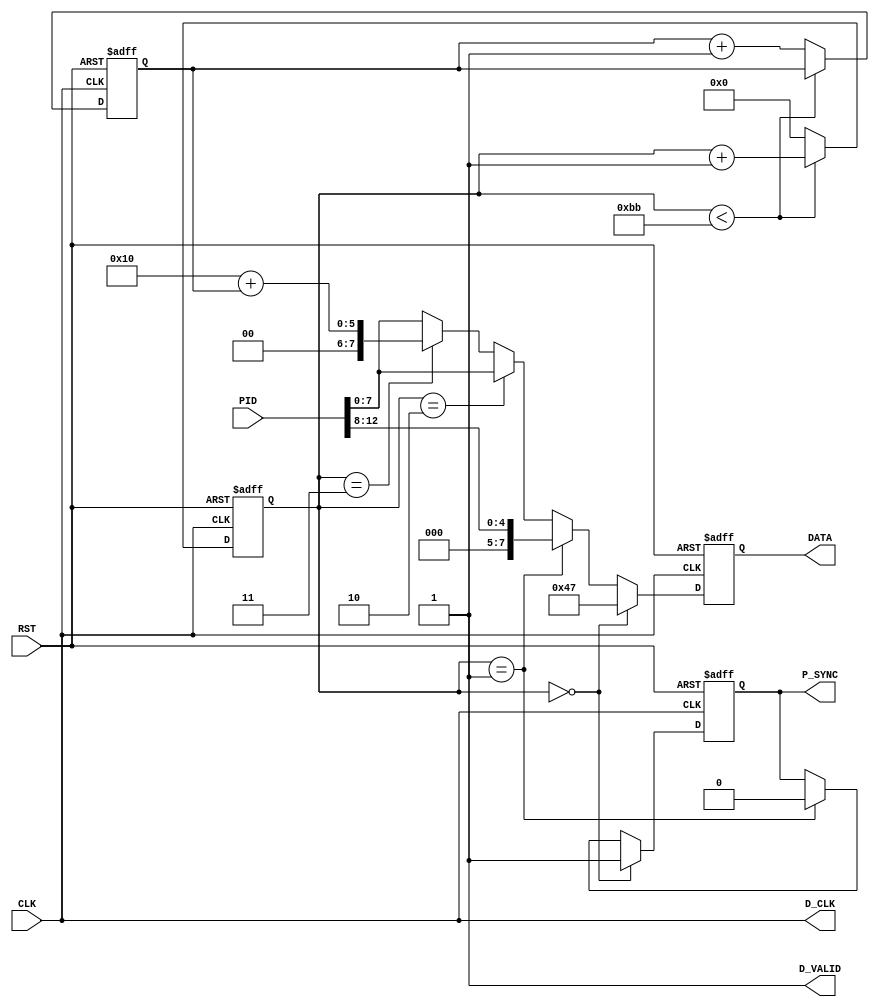
module ts_generator(
input CLK,
input RST,
input [12:0] PID,

output reg [7:0] DATA,
output D_CLK,
output D_VALID,
output reg P_SYNC
);

assign D_CLK = CLK;
assign D_VALID = 1'b1;

reg [7:0] byte_counter;
reg [3:0] contin_counter;
always@(posedge CLK or negedge RST)
begin
if(!RST)
	begin
	byte_counter <= 0;
	contin_counter <= 0;
	end
else
	begin
	if(byte_counter < 8'd187)
		byte_counter <= byte_counter + 1'b1;
	else
		begin
		byte_counter <= 0;
		contin_counter <= contin_counter + 1'b1;
		end
	end
end

always@(posedge CLK or negedge RST)
begin
if(!RST)
	begin
	P_SYNC <= 0;
	DATA <= 0;
	end
else
	begin
	if(byte_counter == 8'd0)
		begin
		P_SYNC <= 1;
		DATA <= 8'h47;
		end
	else if(byte_counter == 8'd1)
		begin
		P_SYNC <= 0;
		DATA <= PID[12:8];
		end
	else if(byte_counter == 8'd2)
		DATA <= PID[7:0];
	else if(byte_counter == 8'd3)
		DATA <= 8'h10 + contin_counter;		// 8'h10 is mask for payload flag
	else
		DATA <= PID[7:0];
	end
end

endmodule